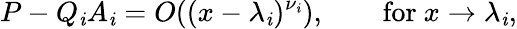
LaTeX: P-Q_{\mathit{i}}A_{\mathit{i}}=O((x-\lambda_{\mathit{i}})^{\nu_{\mathit{i}}}),\qquad{\mathrm{{for~}}}x\to\lambda_{\mathit{i}},